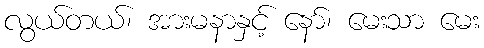
လွယ်တယ်၊ အားမနာနှင့် နော်၊ မေးသာ မေး